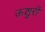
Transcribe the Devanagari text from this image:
ऊशुरी